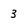
Character: 3